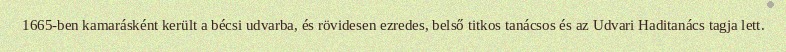
1665-ben kamarásként került a bécsi udvarba, és rövidesen ezredes, belső titkos tanácsos és az Udvari Haditanács tagja lett.